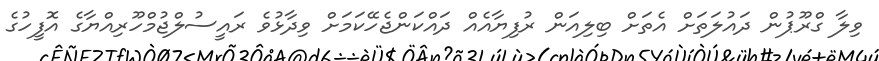
ވިލާ ގްރޫޕުން ދައުލަތަށް އެތަށް ބިލިއަން ރުފިޔާއެއް ދައްކަންޖެހޭކަމަށް ވިދާޅުވެ ރައީސުލްޖުމްހޫރިއްޔާގެ އޮފީހުގެ